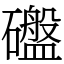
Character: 䃲